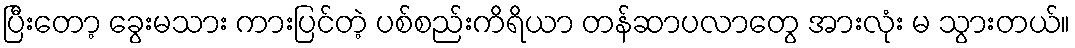
ပြီးတော့ ခွေးမသား ကားပြင်တဲ့ ပစ်စည်းကိရိယာ တန်ဆာပလာတွေ အားလုံး မ သွားတယ်။